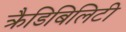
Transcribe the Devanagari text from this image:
क्रैडिबिलिटी